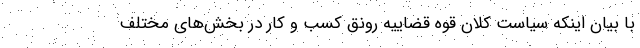
با بیان اینکه سیاست کلان قوه قضاییه رونق کسب و کار در بخش‌های مختلف